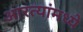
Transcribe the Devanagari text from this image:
आरत्यांमध्ये